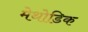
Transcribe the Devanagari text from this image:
मेथोडिक